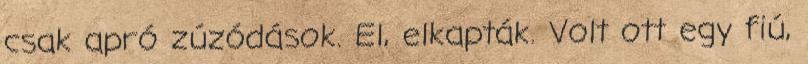
csak apró zúzódások. El, elkapták. Volt ott egy fiú,